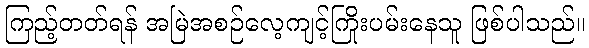
ကြည့်တတ်ရန် အမြဲအစဉ်လေ့ကျင့်ကြိုးပမ်းနေသူ ဖြစ်ပါသည်။